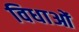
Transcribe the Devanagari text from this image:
विधाओं